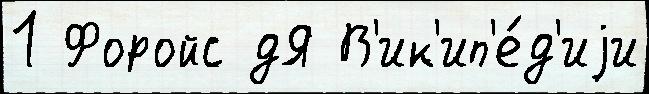
1 Форойс дЯ В'ик'ип'е́д'иjи